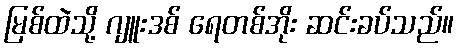
မြစ်ထဲသို့ ဂျူးဒစ် ရေတစ်အိုး ဆင်းခပ်သည်။